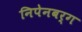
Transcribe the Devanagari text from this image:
निपेनबर्ग